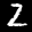
Label: 2